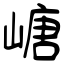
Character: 嵣